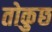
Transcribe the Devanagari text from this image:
तोकुछ